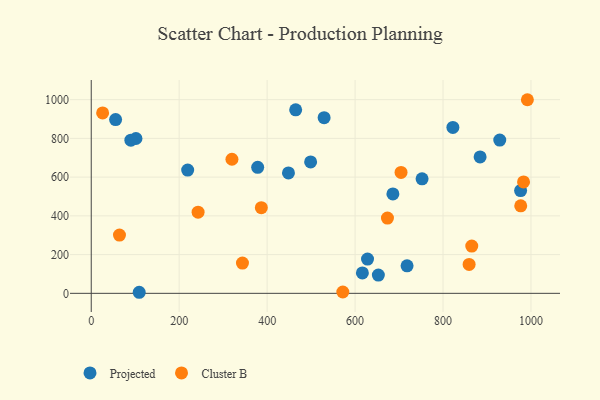
{"axis": {"x": "Distance", "y": "Exam Score"}, "legend": ["Cluster B", "Projected"], "data": [{"x": "101.7", "y": 799.3, "type": "Projected"}, {"x": "718.2", "y": 142.0, "type": "Projected"}, {"x": "652.9", "y": 94.2, "type": "Projected"}, {"x": "752.3", "y": 591.0, "type": "Projected"}, {"x": "55.4", "y": 897.0, "type": "Projected"}, {"x": "628.3", "y": 177.0, "type": "Projected"}, {"x": "529.6", "y": 907.1, "type": "Projected"}, {"x": "686.0", "y": 513.5, "type": "Projected"}, {"x": "90.1", "y": 790.8, "type": "Projected"}, {"x": "884.3", "y": 704.1, "type": "Projected"}, {"x": "448.5", "y": 621.7, "type": "Projected"}, {"x": "109.1", "y": 5.5, "type": "Projected"}, {"x": "929.0", "y": 791.1, "type": "Projected"}, {"x": "976.4", "y": 530.7, "type": "Projected"}, {"x": "616.6", "y": 105.5, "type": "Projected"}, {"x": "378.5", "y": 650.7, "type": "Projected"}, {"x": "822.4", "y": 856.5, "type": "Projected"}, {"x": "464.9", "y": 947.6, "type": "Projected"}, {"x": "498.9", "y": 678.4, "type": "Projected"}, {"x": "219.3", "y": 636.5, "type": "Projected"}, {"x": "386.8", "y": 442.5, "type": "Cluster B"}, {"x": "343.9", "y": 156.2, "type": "Cluster B"}, {"x": "859.3", "y": 149.3, "type": "Cluster B"}, {"x": "704.5", "y": 624.4, "type": "Cluster B"}, {"x": "865.3", "y": 243.9, "type": "Cluster B"}, {"x": "673.6", "y": 388.7, "type": "Cluster B"}, {"x": "572.1", "y": 6.9, "type": "Cluster B"}, {"x": "64.2", "y": 300.9, "type": "Cluster B"}, {"x": "320.0", "y": 692.4, "type": "Cluster B"}, {"x": "983.1", "y": 575.3, "type": "Cluster B"}, {"x": "243.0", "y": 419.1, "type": "Cluster B"}, {"x": "976.7", "y": 451.8, "type": "Cluster B"}, {"x": "25.9", "y": 931.7, "type": "Cluster B"}, {"x": "991.8", "y": 999.6, "type": "Cluster B"}]}